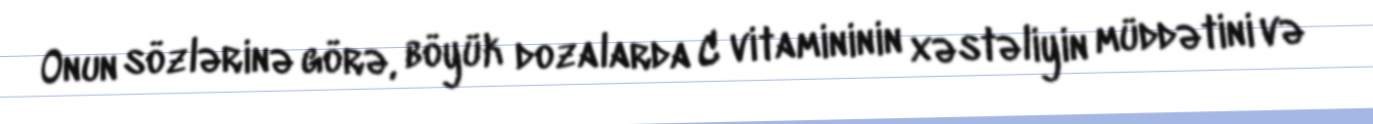
Onun sözlərinə görə, böyük dozalarda C vitamininin xəstəliyin müddətini və